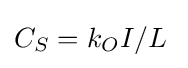
C_{S}=k_{O}I/L\;